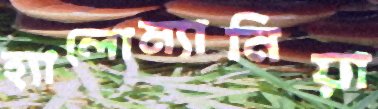
হ্যালোম্যানিয়া